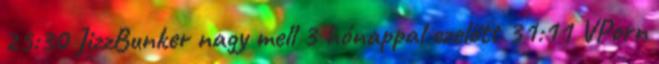
25:30 JizzBunker nagy mell 3 hónappal ezelőtt 31:11 VPorn